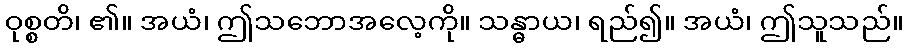
ဝုစ္စတိ၊ ၏။ အယံ၊ ဤသဘောအလေ့ကို။ သန္ဓာယ၊ ရည်၍။ အယံ၊ ဤသူသည်။